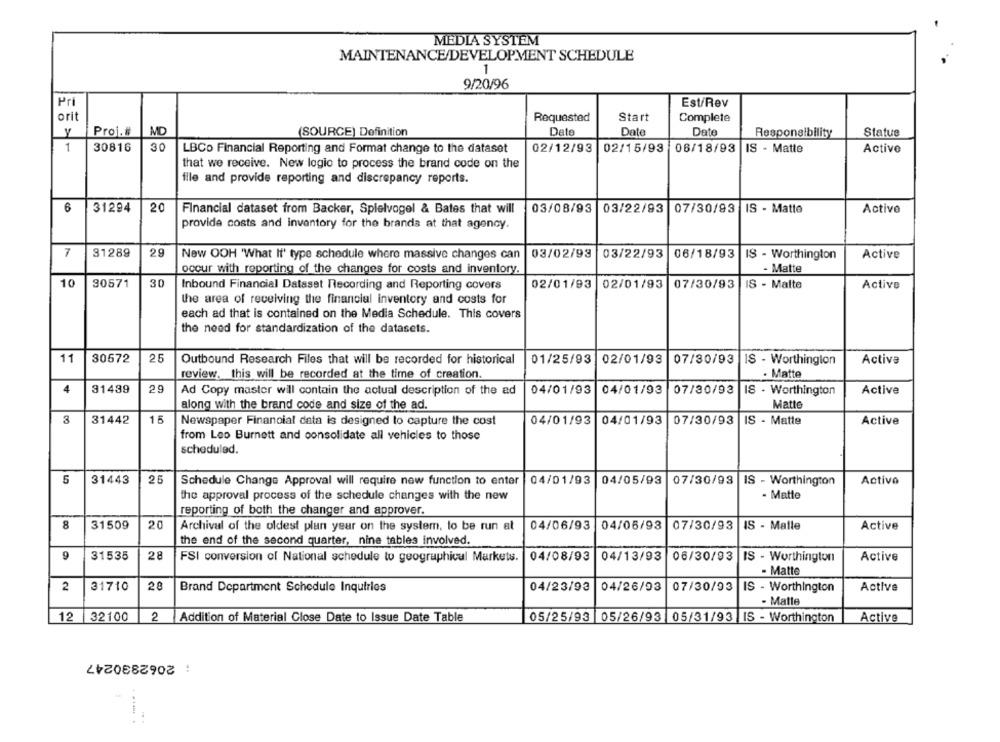
MEDIA SYSTEM
MAINTENANCE/DEVELOPMENT SCHEDULE
1
9/20/96
Pri
Est/Rev
orit
Requested
Start
Complete
y
Proj. #
MD
(SOURCE) Definition
Date
Date
Date
Responsibility
Statue
1
30816
30
LBCo Financial Reporting and Format change to the dataset
02/12/93
02/15/93
06/18/93
IS - Matte
Active
that we receive. New logio to process the brand code on the
file and provide reporting and discrepancy reports.
6
20
03/08/93
31294
Financial dataset from Backer, Spielvogel & Bates that will
03/22/93 07/30/93 IS - Matte
Active
provide costs and inventory for the brands at that agency.
7
29
31289
New OOH "What If' type schedule where massive changes can
03/02/93
03/22/93
06/18/93
IS - Worthington
Active
- Matte
occur with reporting of the changes for costs and inventory.
10
30
30571
Inbound Financial Dataset Recording and Reporting covers
02/01/93
02/01/93
07/30/93
IS - Malte
Active
the area of receiving the financial inventory and costs for
each ad that is contained on the Media Schedule. This covers
the need for standardization of the datasets.
11
30572
25
Outbound Research Files that will be recorded for historical
01/25/93
02/01/93
07/30/93
IS - Worthington
Activa
review, this will be recorded at the time of creation.
- Matte
4
31439
29
Ad Copy master will contain the actual description of the ad
04/01/93
04/01/93
07/30/93
IS - Worthington
Active
along with the brand code and size of the ad.
Matte
3
31442
15
Newspaper Financial data is designed to capture the cost
04/01/93
04/01/93
07/30/93
IS - Matte
Active
from Leo Burnett and consolidate all vehicles to those
scheduled.
5
31443
25
Schedule Change Approval will require new function to enter
04/01/93
04/05/93
07/30/93 IS - Worthington
Activo
the approval process of the schedule changes with the new
- Matte
reporting of both the changer and approver.
8
31509
20
Archival of the oldest plun year on the system, to be run at
04/06/93
04/06/93
07/30/93
IS - Malle
Active
the end of the second quarter, nine tables involved.
9
31535
28
04/08/93
04/13/93
Active
FSI conversion of National schedule to geographical Markets.
06/30/93
IS - Worthington
- Matte
2
20
Active
31710
Brand Department Schedule Inquiries
04/23/93
04/26/93
07/30/93
IS - Worthington
- Matte
12
32100
2
Addition of Material Close Date to Issue Date Table
05/25/93|
05/26/93 05/31/93 |IS - Worthington
Active
: 2062830247
..... .